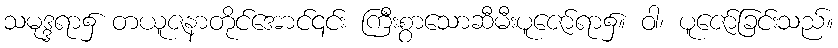
သမုဒ္ဒရာ၌ တယူဇနာတိုင်အောင်၎င်း ကြီးစွာသောဆီမီးပူဇော်ရာ၌။ ဝါ၊ ပူဇော်ခြင်းသည်။